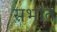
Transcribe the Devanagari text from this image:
सभांत